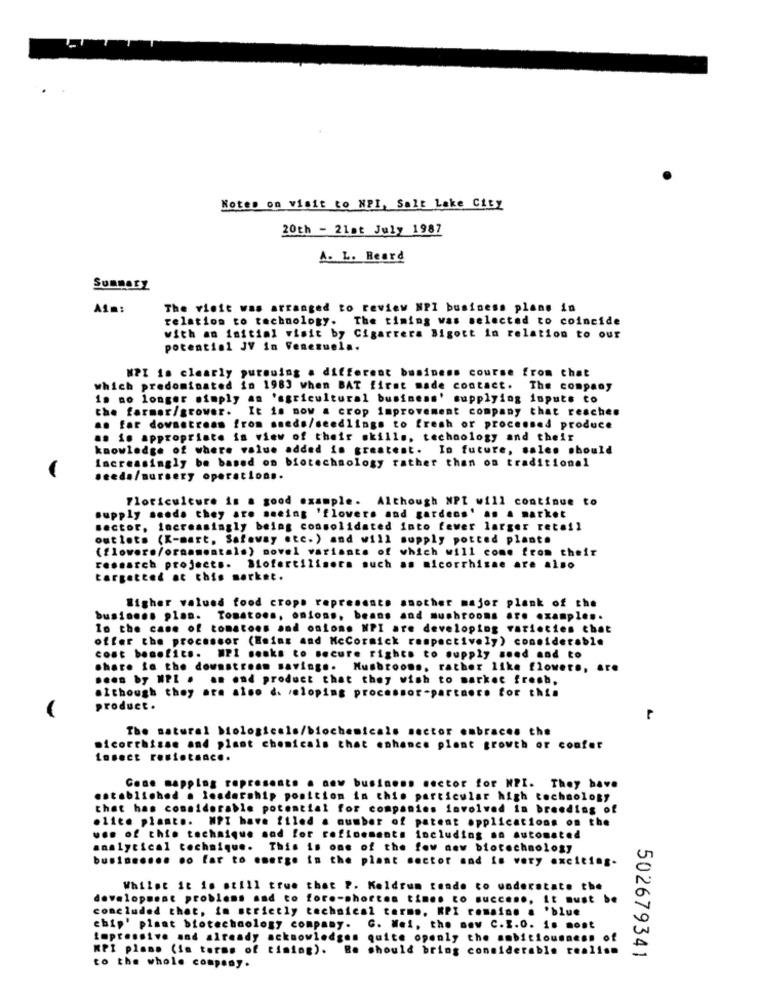
LITT
Notes on visit to NPI, Salt Lake City
20th - 21st July 1987
A. L. Beard
Summary
Aim:
The visit was arranged to review NPI business plans in
relation to technology. The timing was selected to coincide
with an initial visit by Cigarrera Bigott in relation to our
potential JV in Venezuela.
MPI is clearly pursuing a different business course from that
which predominated in 1983 when BAT first made contact.
The company
is no longer simply an 'agricultural business' supplying inputs to
the farmer/grower. It is now a crop improvement company that reaches
ao far downstream from smeds/seedlings to fresh or processed produce
as is appropriate is view of their skills, technology and their
knowledge of where value added in greatest. In future, sales should
Increasingly be based on biotechnology rather than on traditional
seeda/nursery operation ..
Floriculture is a good example. Although NPI will continue to
supply seoda they are seeing 'flowers and gardens' an . market
Sector, increasingly being consolidated into fewer larger retail
out lets (K-mart, Safeway etc. ) and will supply potted plant.
(flower./ornamentals) novel variante of which will come from their
research projects. Mofertilisera such as micorrhizae are als
targetted at this morket.
Higher valued food crops represents another major plank of the
business plan. Tomatoes, onions, beans and mushrooms are examples.
10 the case of tomatoes and onions NPI are developing varieties chat
offer the processor (Heins and McCormick respectively) considerable
cont benefits. W21 monks to secure rights to supply send and to
share fa the downstream savings. Mushrooms. rather like flower ., are
sean by MPL . .. end product that they wish to market fresh.
although they are also d. /eloping processor-partner. for this
product.
The natural biologicals/biochemicals sector embraces the
micorrhisse and plant chemicals that enhance plant growth or confer
tosect resistance.
Case mapping represents a new business sector for MPI. They have
established . leadership position in this particular high technology
that has considerable potential for companies involved in breeding of
olite plante. WPT have filed a number of patent applications on the
use of this technique sad for refinements including an automated
analytical technique. This is one of the few new biotechnology
bu ........ . o far to emerge in the plant sector mad is very exciting-
Whilet it is still true that P. Koldrum tende co understate the
development problems and co foro-shorton time. co succe .., it must be
concluded that, io strictly technical terms. RPI romaine . 'blue
chip' plant biotechnology company. C. Wei, the new C.I.0. 1. most
impressive and already acknowledges
quite openly the ambitiousness of
KPI plone (in terms of timing).
should bring considerable realis
502679341
to the whole company.